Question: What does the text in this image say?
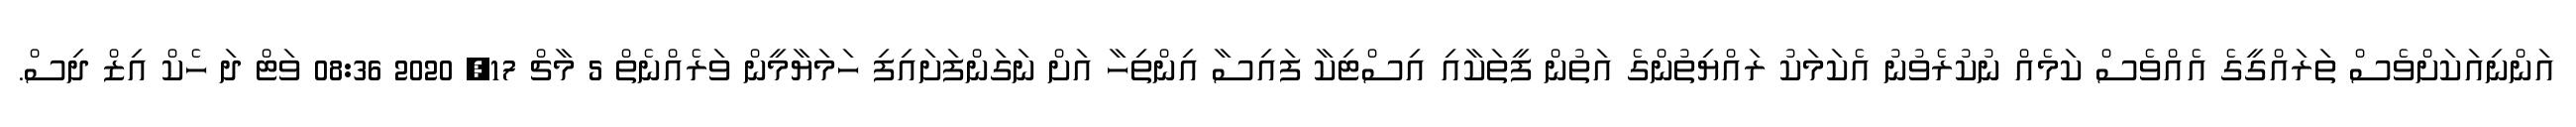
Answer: އަންނިއަކަށްވެސް ތަރައްގީގެ އެއްވެސް ކަމެއް ނުކުރެވުނު އެކަމަކު ރައްޔިތުންގެ އަތުން ފީތަކާއި އިސްޓިކާ ފައިސާ އިންތިހާ އަށް ނަގަންފަށައިފި ހަމަޔާމީން ވަރެއްނެތް 5 މާޗް 17, 2020 08:36 ވަޓް ދަ ހެކް އިޒް ދިސް.